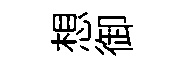
想御